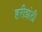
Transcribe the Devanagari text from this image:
हरीझंडी